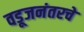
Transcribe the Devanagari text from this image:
वडूजनंतरचे